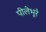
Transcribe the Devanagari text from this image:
पीलेभूरे